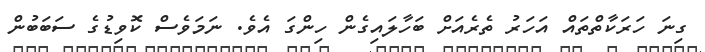
ގިނަ ހަރަކާތްތައް އަހަރު ތެރެއަށް ބަހާލައިގެން ހިންގަ އެވެ. ނަމަވެސް ކޮވިޑުގެ ސަބަބުން